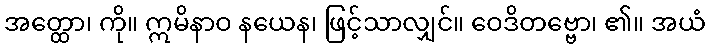
အတ္ထော၊ ကို။ ဣမိနာဝ နယေန၊ ဖြင့်သာလျှင်။ ဝေဒိတဗ္ဗော၊ ၏။ အယံ